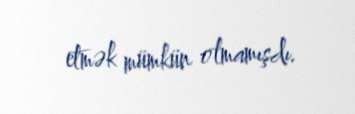
etmək mümkün olmamışdı.